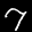
Label: 7